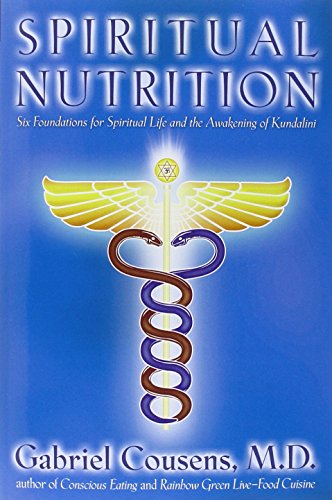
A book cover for Spiritual Nutrition: Six Foundations for Spiritual Life and the Awakening of Kundalini; Gabriel Cousens M.D.; Health, Fitness & Dieting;